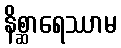
နိစ္ဆာရေဿာမ